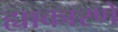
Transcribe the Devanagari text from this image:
ह्याकारणे